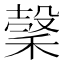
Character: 𥡛